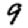
Digit: 9